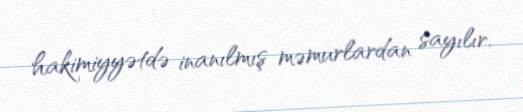
hakimiyyətdə inanılmış məmurlardan sayılır.